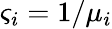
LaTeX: \varsigma_{i}=1/\mu_{i}